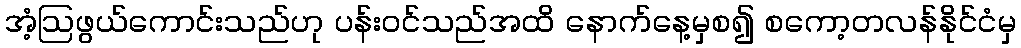
အံ့ဩဖွယ်ကောင်းသည်ဟု ပန်းဝင်သည်အထိ နောက်နေ့မှစ၍ စကော့တလန်နိုင်ငံမှ